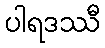
ပါရဒဿီ